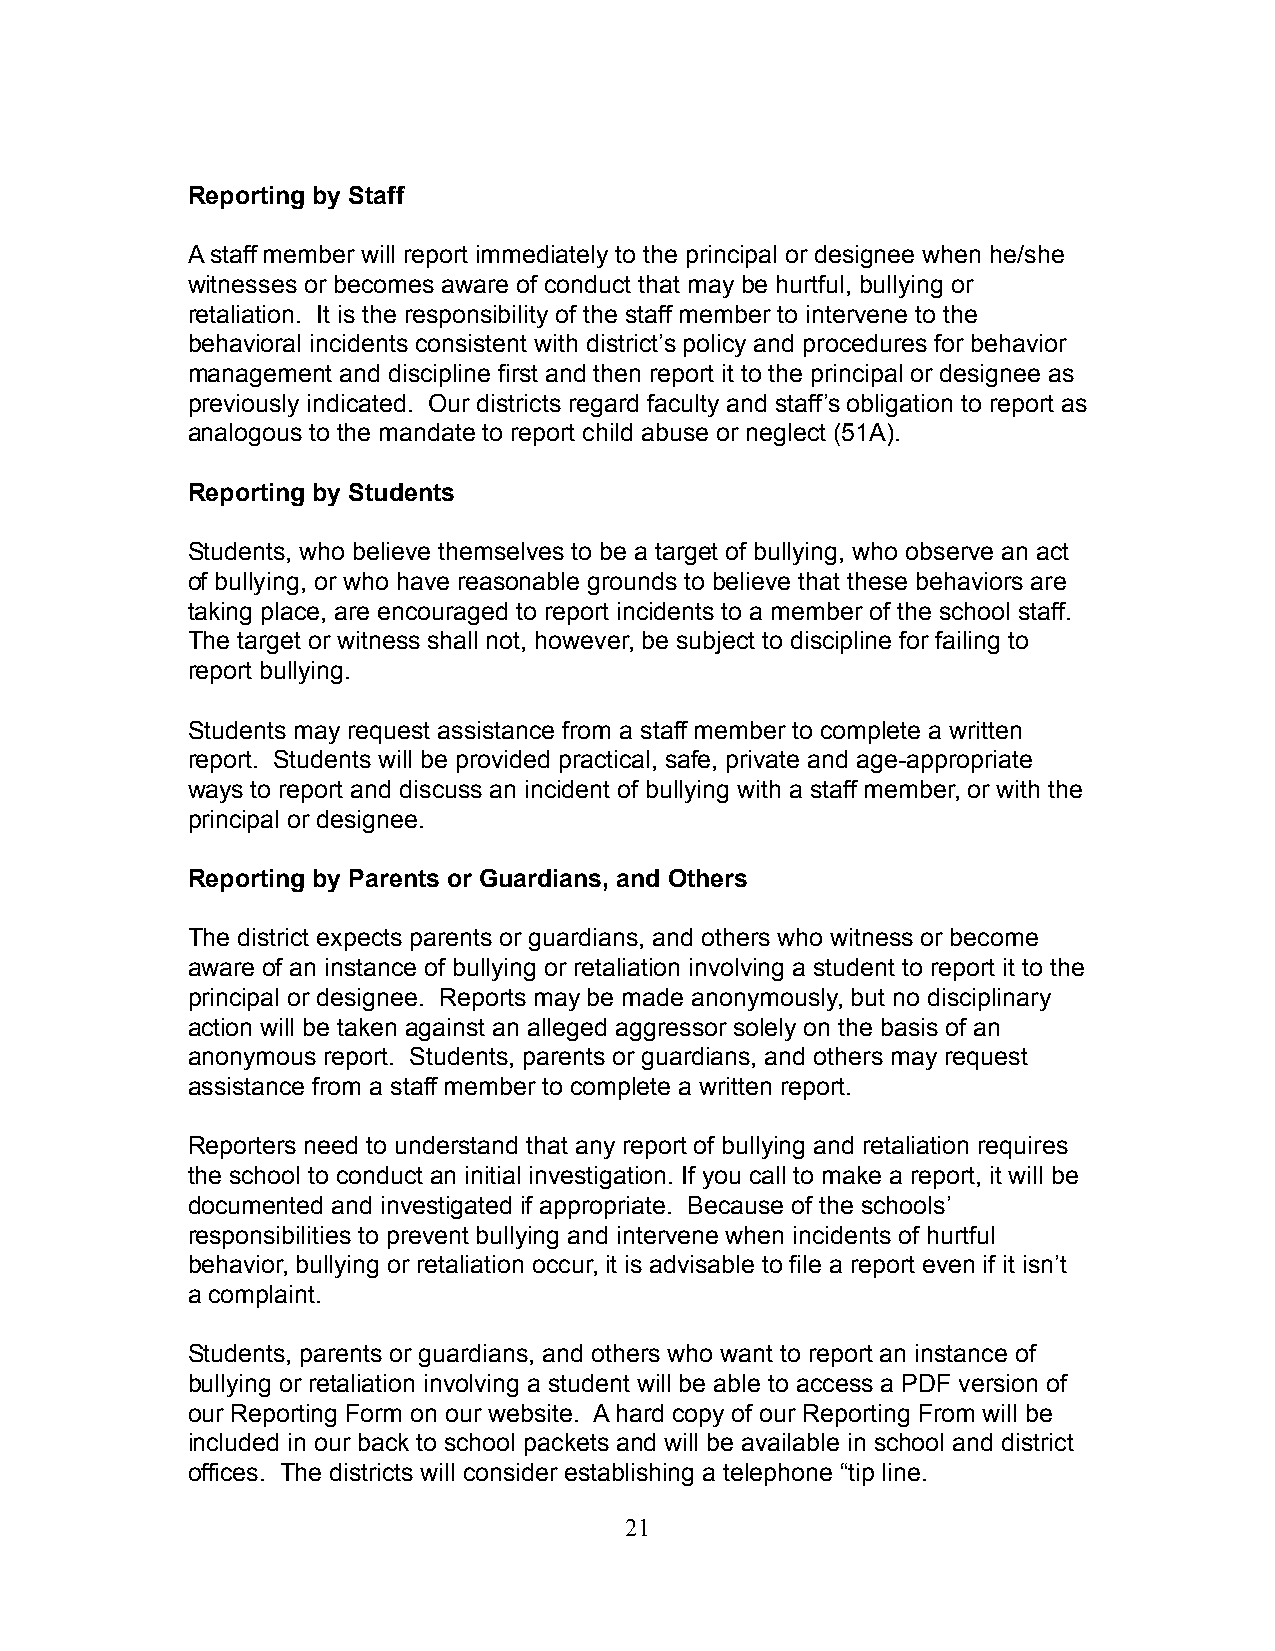
Reporting by Staff
 A staff member will report immediately to the principal or designee when he/she
 witnesses or becomes aware of conduct that may be hurtful, bullying or
 retaliation. It is the responsibility of the staff member to intervene to the
 behavioral incidents consistent with district’s policy and procedures for behavior
 management and discipline first and then report it to the principal or designee as
 previously indicated. Our districts regard faculty and staff’s obligation to report as
 analogous to the mandate to report child abuse or neglect (51A).
 Reporting by Students
 Students, who believe themselves to be a target of bullying, who observe an act
 of bullying, or who have reasonable grounds to believe that these behaviors are
 taking place, are encouraged to report incidents to a member of the school staff.
 The target or witness shall not, however, be subject to discipline for failing to
 report bullying.
 Students may request assistance from a staff member to complete a written
 report. Students will be provided practical, safe, private and age-appropriate
 ways to report and discuss an incident of bullying with a staff member, or with the
 principal or designee.
 Reporting by Parents or Guardians, and Others
 The district expects parents or guardians, and others who witness or become
 aware of an instance of bullying or retaliation involving a student to report it to the
 principal or designee. Reports may be made anonymously, but no disciplinary
 action will be taken against an alleged aggressor solely on the basis of an
 anonymous report. Students, parents or guardians, and others may request
 assistance from a staff member to complete a written report.
 Reporters need to understand that any report of bullying and retaliation requires
 the school to conduct an initial investigation. If you call to make a report, it will be
 documented and investigated if appropriate. Because of the schools’
 responsibilities to prevent bullying and intervene when incidents of hurtful
 behavior, bullying or retaliation occur, it is advisable to file a report even if it isn’t
 a complaint.
 Students, parents or guardians, and others who want to report an instance of
 bullying or retaliation involving a student will be able to access a PDF version of
 our Reporting Form on our website. A hard copy of our Reporting From will be
 included in our back to school packets and will be available in school and district
 offices. The districts will consider establishing a telephone “tip line.
 21